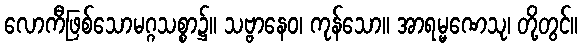
လောကီဖြစ်သောမဂ္ဂသစ္စာ၌။ သဗ္ဗာနေဝ၊ ကုန်သော။ အာရမ္မဏေသု၊ တို့တွင်။